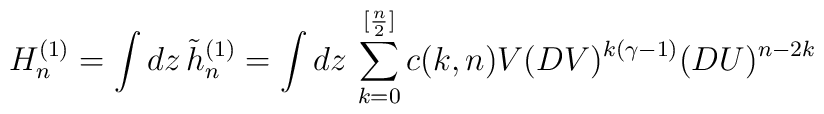
H_{n}^{(1)} = \int dz\,\tilde{h}_{n}^{(1)} = \int dz\, \sum_{k=0}^{[{n\over2}]} c(k,n) V (DV)^{k(\gamma - 1)} (DU)^{n-2k}